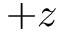
+ z